画像に写った文字を読んでください
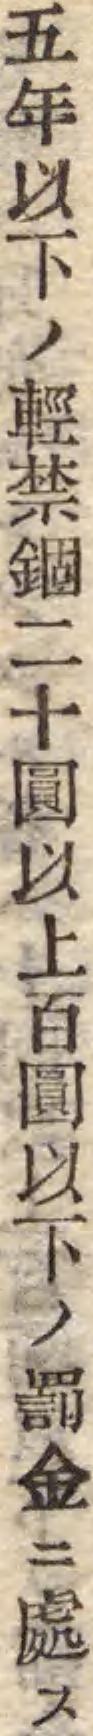
「五年以下ノ輕禁錮二十圓以上百圓以下ノ罰金ニ處ス」と書いてあります